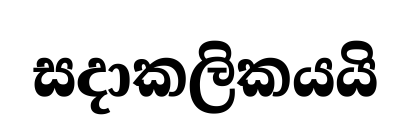
සදාකලිකයයි